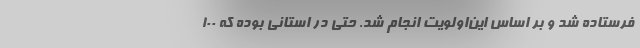
فرستاده شد و بر اساس این‌اولویت انجام شد. حتی در استانی بوده که ۱۰۰